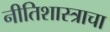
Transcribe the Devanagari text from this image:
नीतिशास्त्राचा